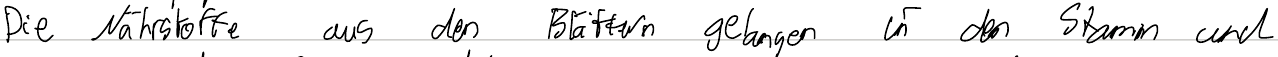
Die Nährstoffe aus den Blättern gelangen in den Stamm und